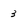
Character: 3